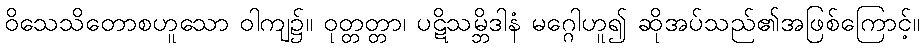
ဝိသေသိတောစဟူသော ဝါကျ၌။ ဝုတ္တတ္တာ၊ ပဋိသမ္ဘိဒါနံ မဂ္ဂေါဟူ၍ ဆိုအပ်သည်၏အဖြစ်ကြောင့်။